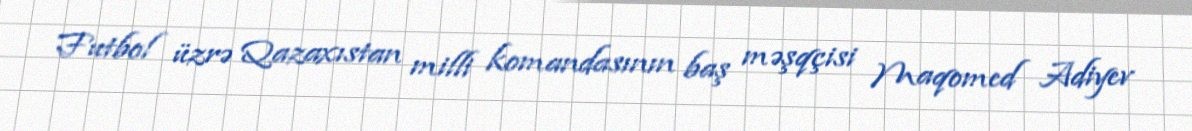
Futbol üzrə Qazaxıstan milli komandasının baş məşqçisi Maqomed Adiyev